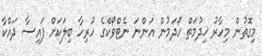
މިގޮތުން މިހާރު ޚިދުމަތް ހޯދަމުން އަންނަ ނެޓްވޯކްގެ ހުރިހާ ބިލަކަށް ފައިސާ ދައްކާ